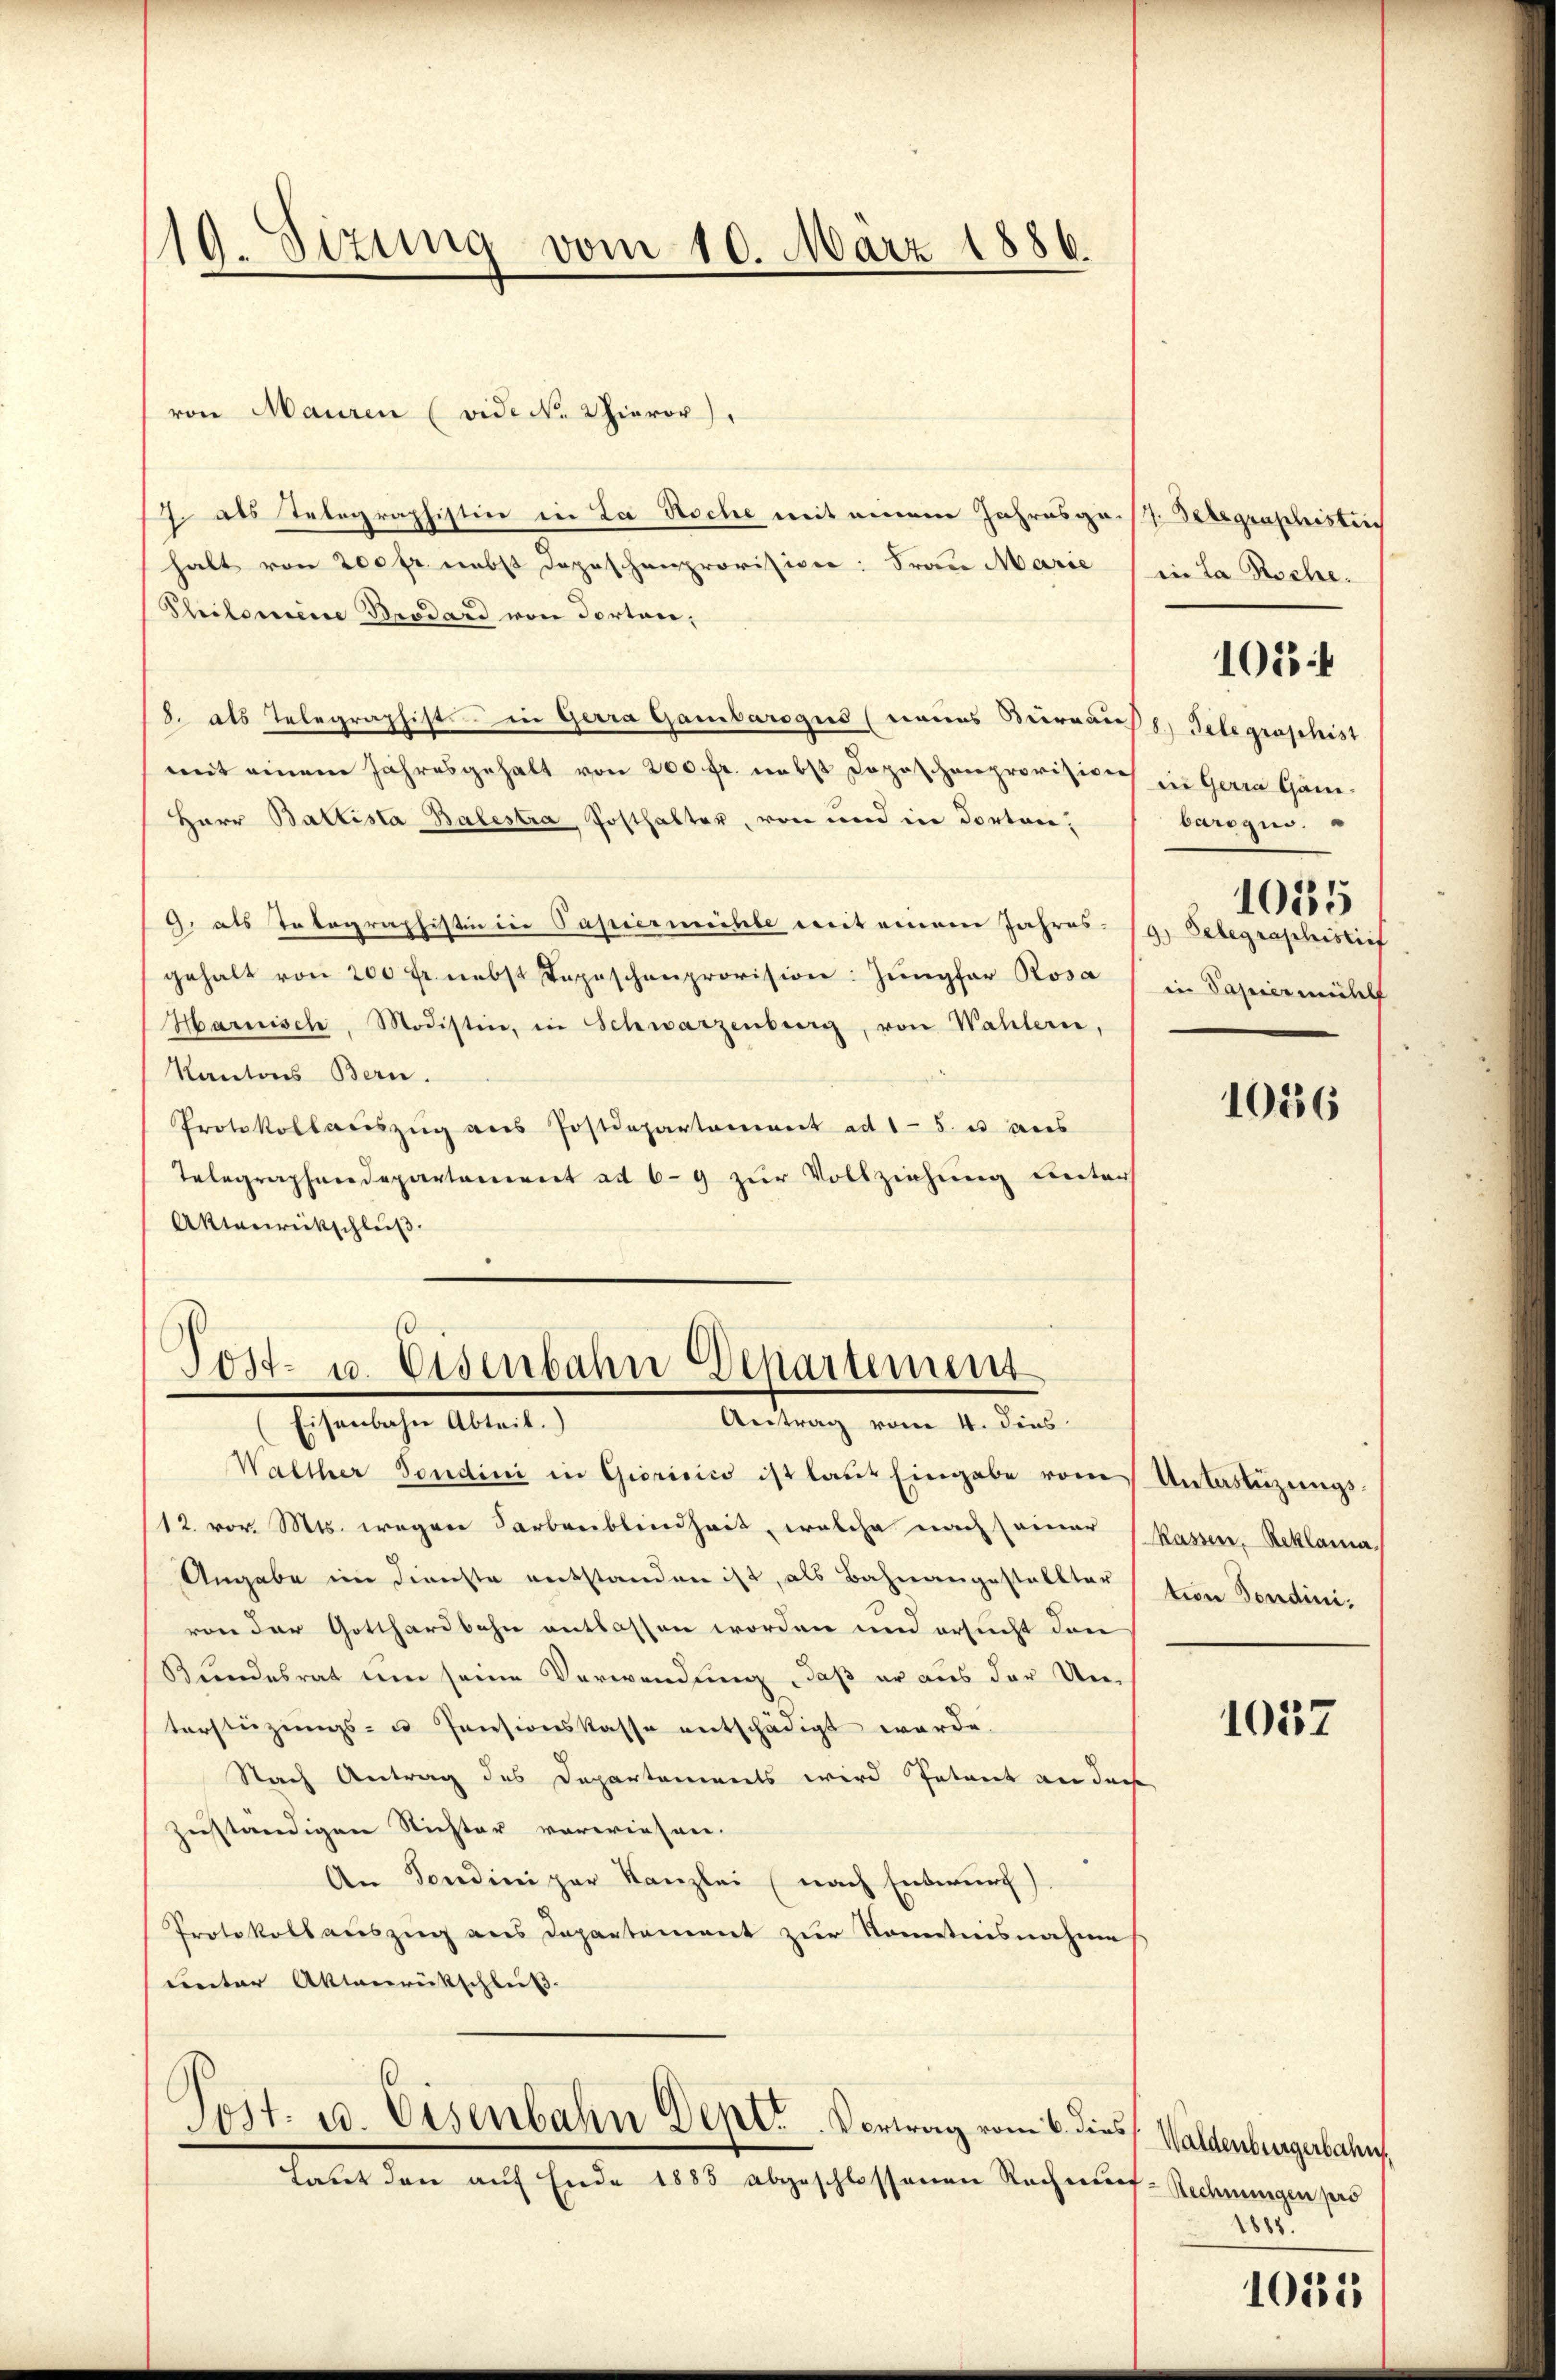
119. Sizung vom 10. März 1886.

von Mauren (vide No 2 hieror
14. als Telegraphistin in La Roche mit einem Jahresga./7. Begraphistrich
halt von 200 fr. nebst dopeschenprovision: Frau Marie
Philomeine Brodard von Portare,
8. als Telegraphists in Gerra Gambarogus (neues Bureau
mit einem Jahresgehalt von 200 fr. nebst Dopischenprovision
Herr Ballista Balestra Posthalter, von und in Porton;
9. als Totagraphistin in Papiermühle mit einem Jahres-
gehalt von 200 fr. nebst Tepeschenprovision: Jungfer Rosa
Harnisch, Modisten, in Schwarzenberg, von Wahlern,
Kantons Bern.
Protokollaŭszŭg ans Postdepartement ad 15. u aus
Telegraphendepartement ad 69 zur Vollziehung unter
Aktenrückschluß.

Post- u. Eisenbahn Departement
(Eisenbahn Abteil.)
Antrag vom 2. den

Latet den auf Ende 1885 abgeschlossenen Rechnuf-Rechnungen pro

Walther Sondini in Giorisico ist laŭt Eingabe vom Untastüzungs¬
/12. vor. Mts. wegen Farbenblindheit, welche nach seiner Kassen, Reklama,
Angabe im Dienste entstanden ist, als Bahnangestellter von Sondini-
von der Gotthardbahn entlassen worden und ersucht den
Bundesrat um seine Verwendung, daß er aus der Um-
terstüzungs- u Pensionskasse entschädigt werde.
Nach Antrag des Departements wird Petent an diese
zuständigen Richter vorwiesen.
An Sondini par Kanzlei (nach Entwurf)
Protokoll aŭszŭg ans Departement zur Kenntnisnahme
unter Aktenrückschluß.

s
d
Post- u. Eisenbahn Dipl. Vortrag vom 6. dies

in La Roche.

1054

8.) Gelegraphist
in Gerra Gändurogin.
1055
9.) Belegraphistief
in Papiermühl

1016

1037

Waldenburgerbahn.
1888.

1051